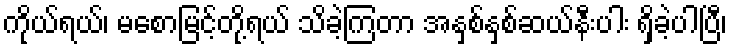
ကိုယ်ရယ်၊ မစောမြင့်တို့ရယ် သိခဲ့ကြတာ အနှစ်နှစ်ဆယ်နီးပါး ရှိခဲ့ပါပြီ၊